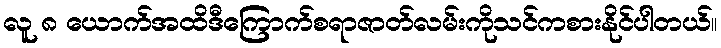
လူ ၈ ယောက်အထိဒီကြောက်စရာဇာတ်လမ်းကိုသင်ကစားနိုင်ပါတယ်။